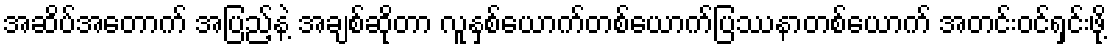
အဆိပ်အတောက် အပြည့်နဲ့ အချစ်ဆိုတာ လူနှစ်ယောက်တစ်ယောက်ပြဿနာတစ်ယောက် အတင်းဝင်ရှင်းဖို့